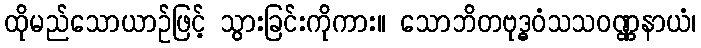
ထိုမည်သောယာဉ်ဖြင့် သွားခြင်းကိုကား။ သောဘိတဗုဒ္ဓဝံသသဝဏ္ဏနာယံ၊